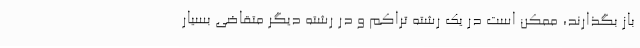
باز بگذارند، ممکن است در یک رشته تراکم و در رشته دیگر متقاضی بسیار